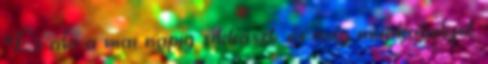
És aki a mai napig sikkaszt, és még munkahelyet